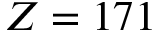
Z = 1 7 1